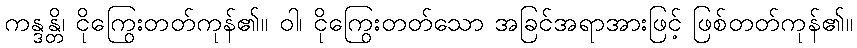
ကန္ဒန္တိ၊ ငိုကြွေးတတ်ကုန်၏။ ဝါ၊ ငိုကြွေးတတ်သော အခြင်အရာအားဖြင့် ဖြစ်တတ်ကုန်၏။